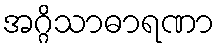
အဂ္ဂိသာဓာရဏာ